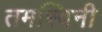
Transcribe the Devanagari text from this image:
तमस्विनी